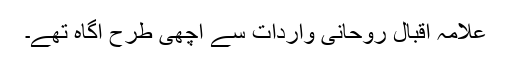
علامہ اقبال روحانی واردات سے اچھی طرح آگاہ تھے۔